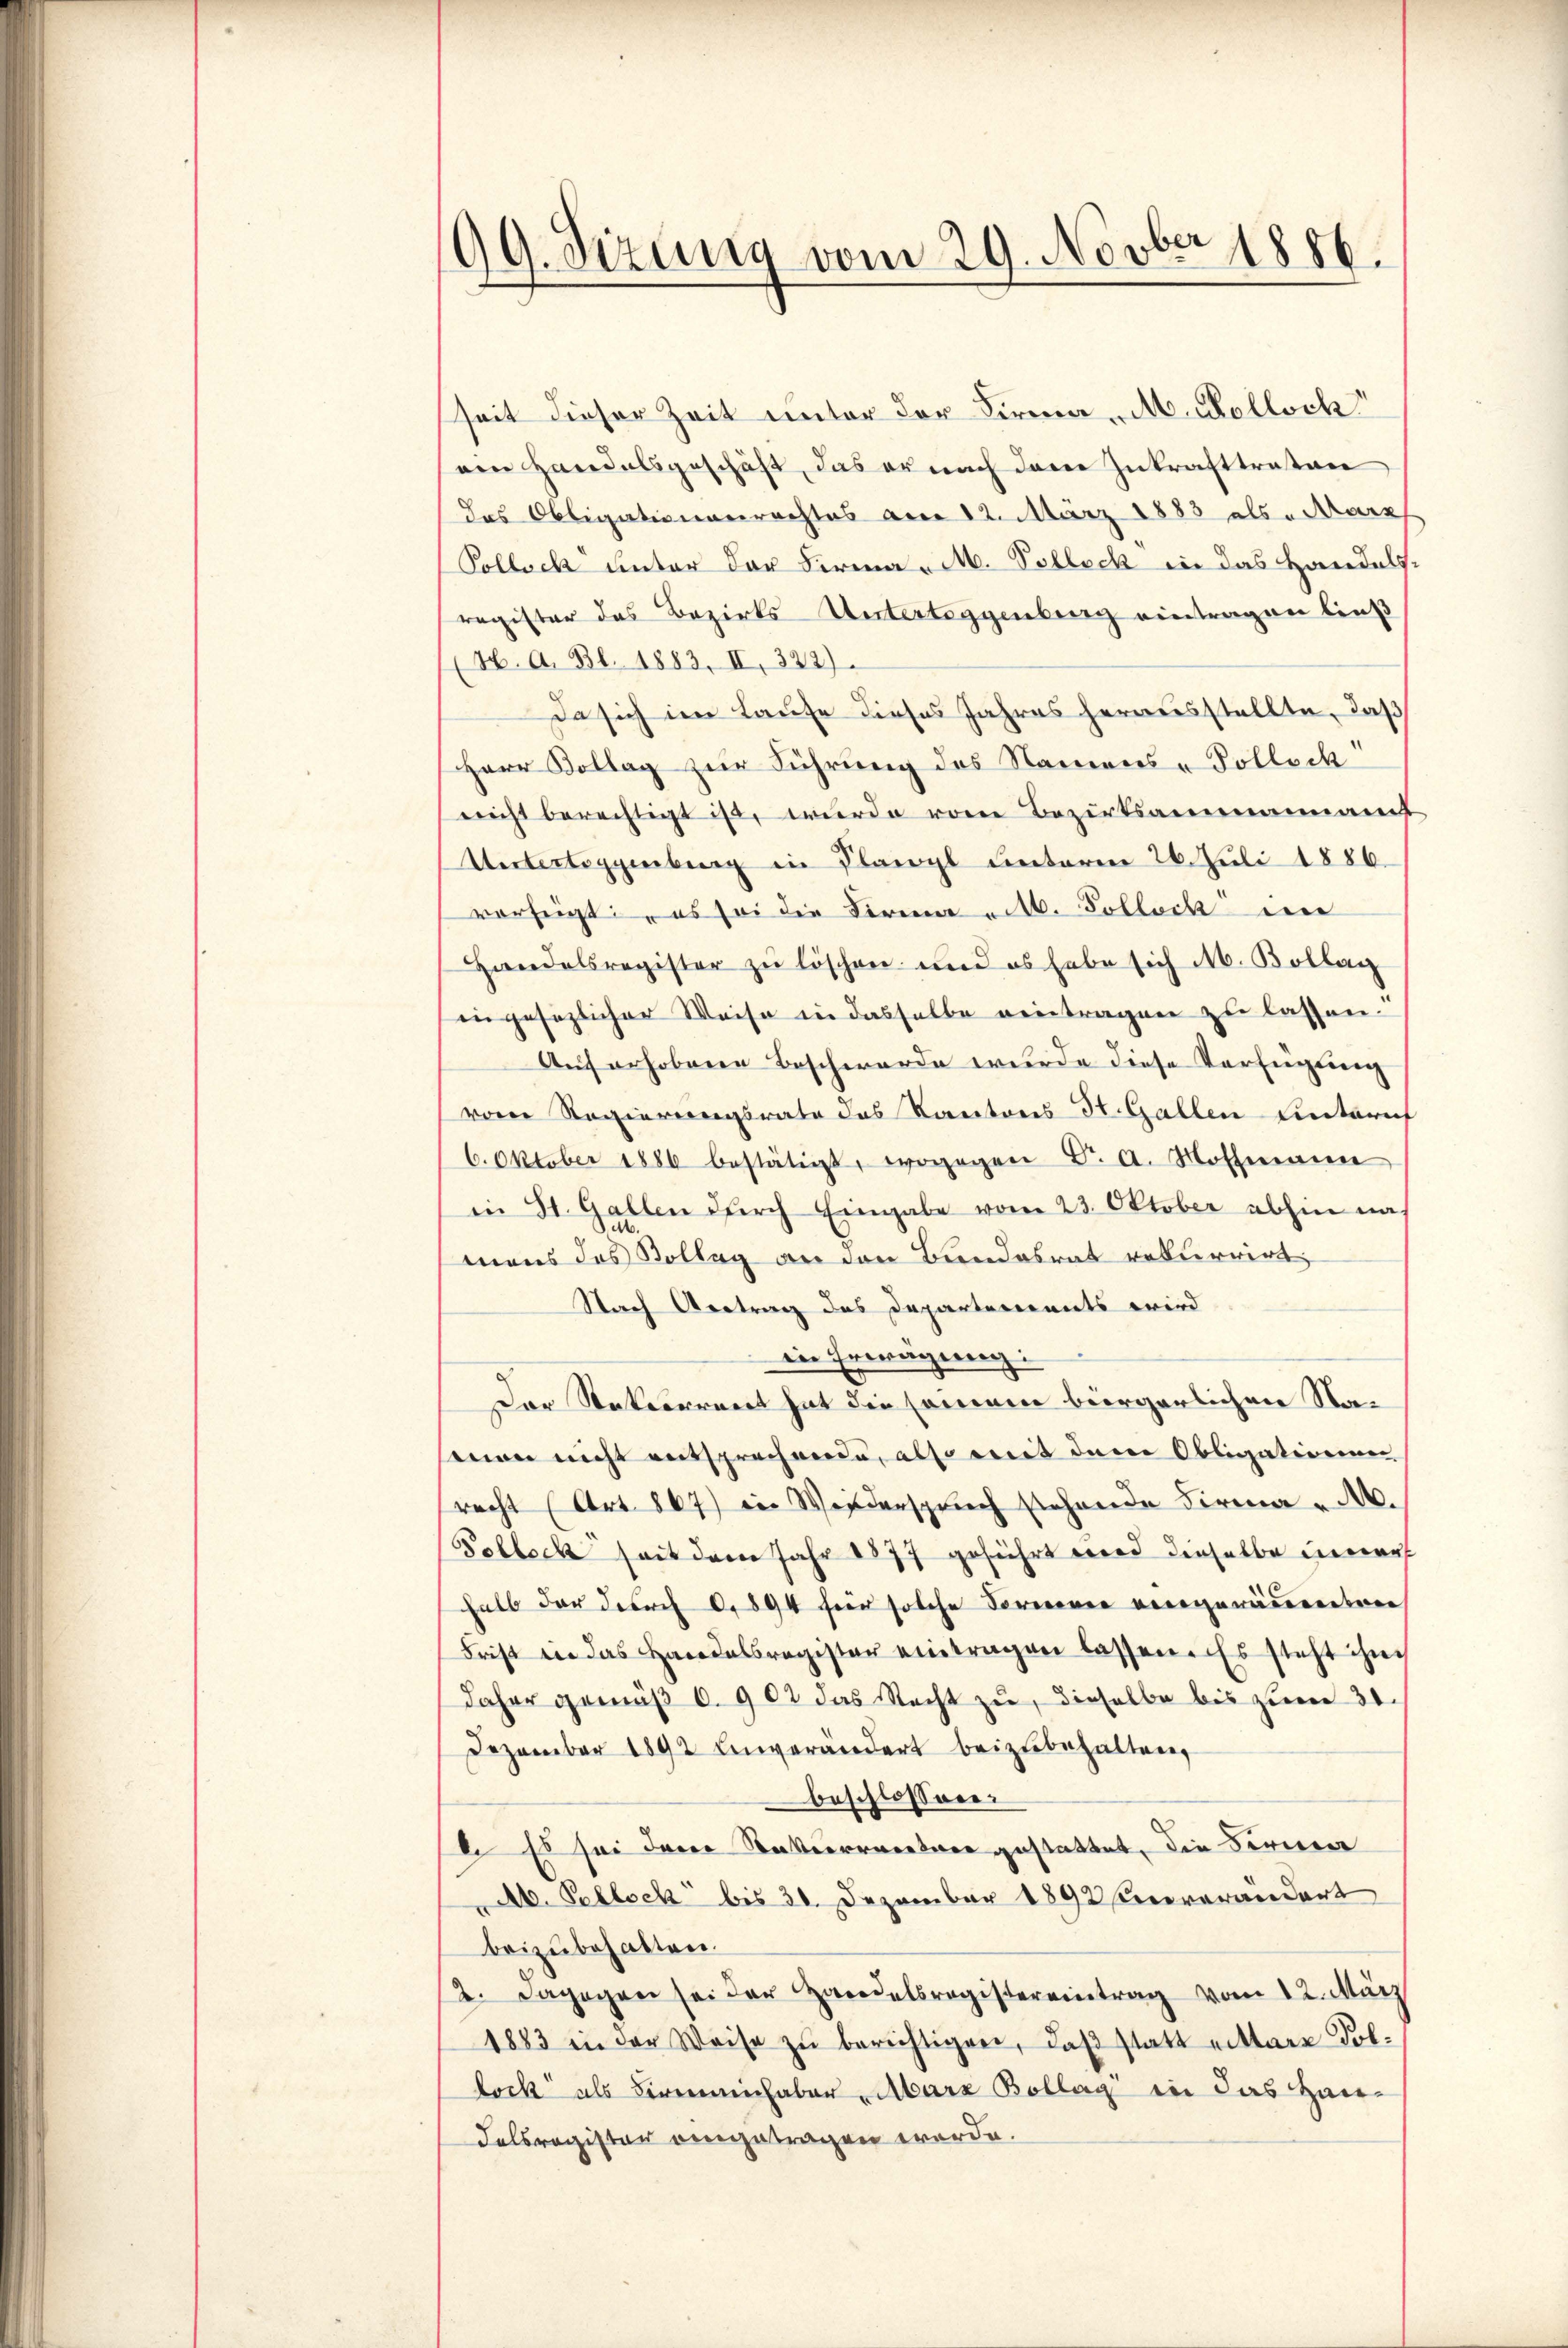
99. Sizung vom 29. Novber 1886.

seit dieser Zeit unter der Firma M. Kellsch
ven Handelsgeschäft, das er nach den Zukrafttreten
das Obligationenrechtes am 12. März 1883 als „Marz
Pollich unter der Firma „M. Polloch in das Handelsregister das Bezirks-Untertoggenberg eintragen ließ
(H. A. Bl. 1883, II, 372).
Da sich im Laufe dieses Jahres herausstellte, daß
Herr Kollag zur Führung des Namens-Pollock
nicht berechtigt ist, wurde vom Bezirksammannamt
Untertiggenburg in Planzl unterm 26. Juli 1886.
vorzeigt: „es sei die Firma nitt. Solloch ein
Handelsregister zu löschen und es habe sich M. Bollag
in gesezlicher Weise in dasselbe eintragen zu lassen.
Auf erhobene Beschwerde wurde diese Verfügung
vom Regierungsrate des Kantons St. Gallen Eintarif
6. Oktober 1886 bestätigt, wogegen Dr. A. Hoffmann
in St. Gallen durch Eingabe vom 23. Oktober abhin na
mens das Kolleg an den Bundesrat rekurrirt,
Nach Vertrag des Departements wird
die Erwägung:
d
Der Nekerrent hat die seinem bürgerlichen Nasman nicht entsprechende, also mit dene Obligationen
recht (Art. 867) in Weiderspruch stehende Firma „A.
Sohbeck seit dem Jahr 1877 geführt wird dieselbe innerh
halb der durch 0,894 für solche Formen eingeräumenten
Frist in das Handelsregister eintragen lassen. Es steht ihn
daher gemäβ 0. 902 das Recht zu, dieselbe bis zum 30.
Dezember 1892 einverändert beizubehalten,
beschlossen:
d. Es sei den Rekurrentare gestattet, die Ferne
Ab. Pellock bis 31. Dezember 1892 Anverändert
beizubehalten.
2. Dagegen sei der Handelsregistereintrag vom 12. März
1883 in der Weise zŭ berichtigen, daβ statt mittare Fol-
lock als Brennenhaber Abara Bollag in das Haudelsregister eingetragen werde.